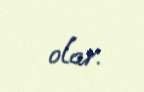
olar.